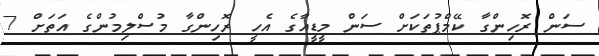
ސަން ރޮހިންގާ ކޭމްޕުތަކަށް ސަން މީޑީއާގެ އެހީ ރޮހިންގާ މުސްލިމުންގެ އަތަށް 7